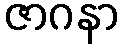
ဇာဂနာ